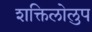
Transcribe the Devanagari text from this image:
शक्तिलोलुप